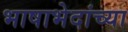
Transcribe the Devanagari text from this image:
भाषाभेदांच्या